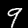
Digit: 9